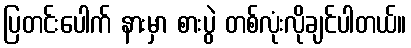
ပြတင်းပေါက် နားမှာ စားပွဲ တစ်လုံးလိုချင်ပါတယ်။